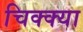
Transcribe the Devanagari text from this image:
चिक्क्या